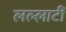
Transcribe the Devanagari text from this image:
लल्लाटीं